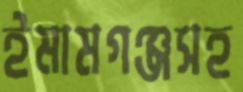
ইমামগঞ্জসহ